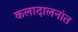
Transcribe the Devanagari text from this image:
कलादालनांत